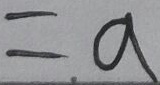
= a